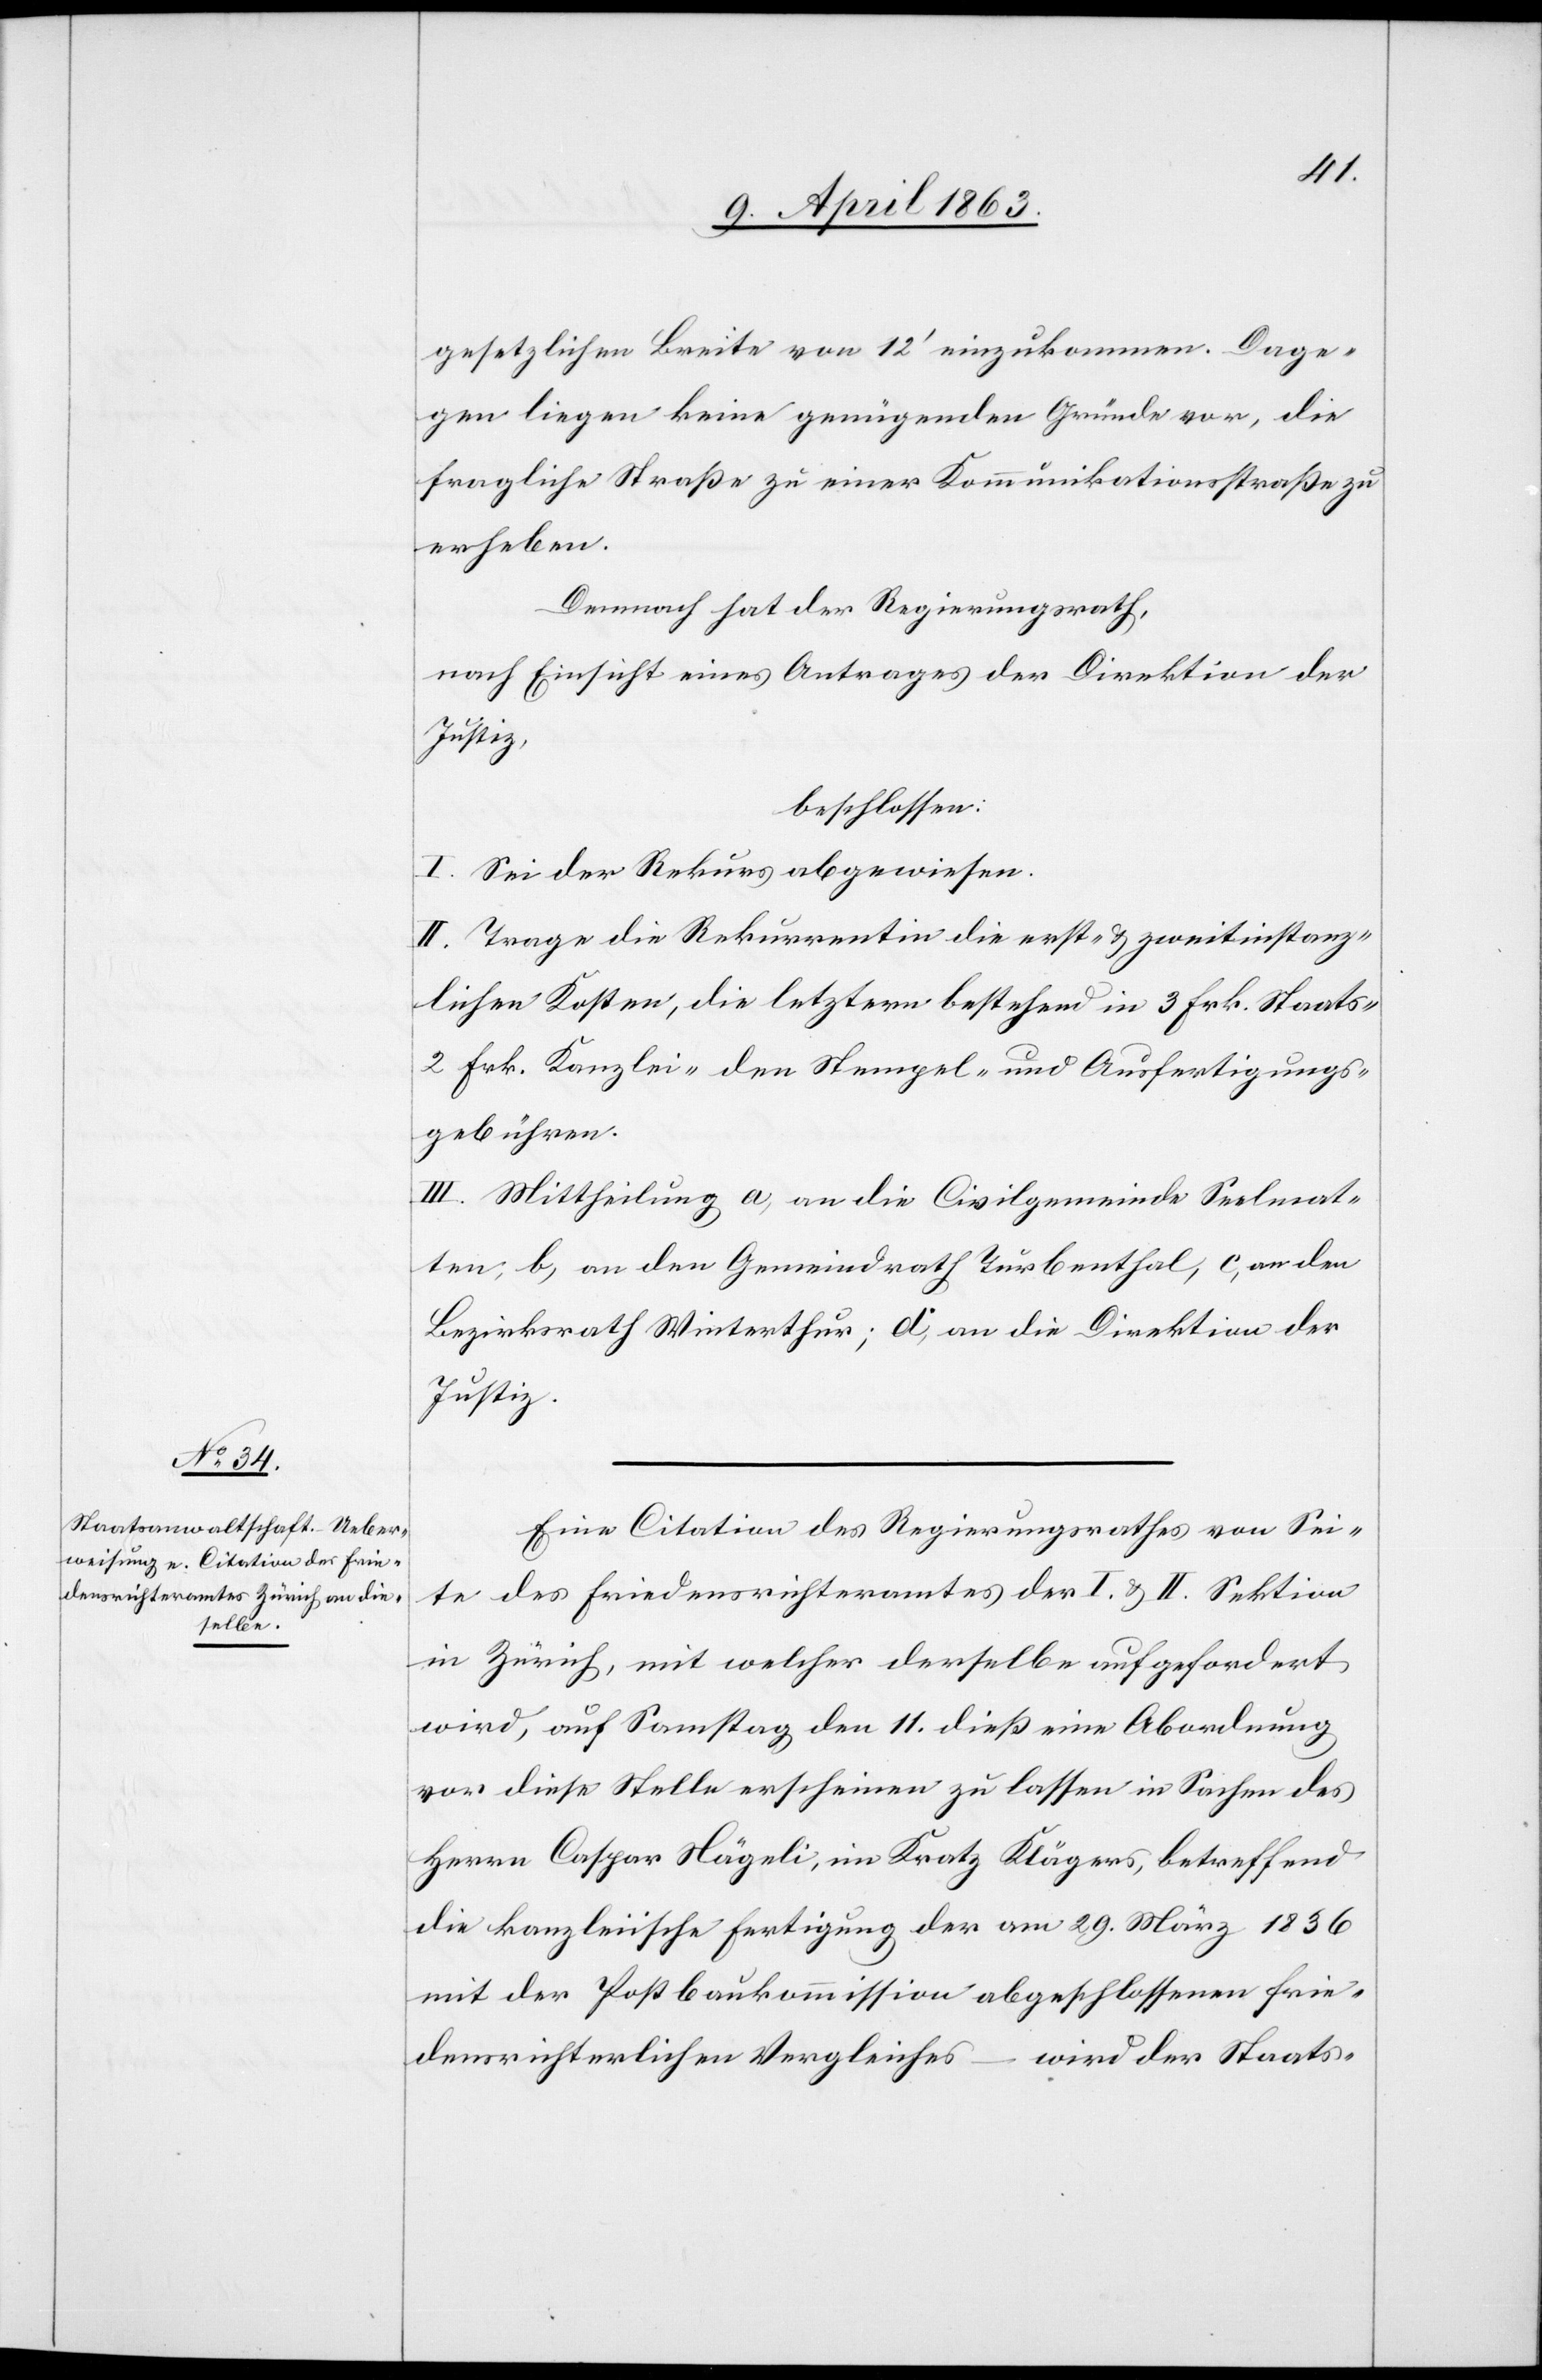
gesetzlichen Breite von 12' einzukommen. Dage¬
gen liegen keine genügenden Gründe vor, die
fragliche Straße zu einer Kommunikationsstraße zu
erheben.
Demnach hat der Regierungsrath,
nach Einsicht eines Antrages der Direktion der
Justiz,
beschlossen:
I. Sei der Rekurs abgewiesen.
II. Trage die Rekurrentin die erst- & zweitinstanz¬
lichen Kosten, die letztern bestehend in 3 Frk. Staats-[,]
2 Frk. Kanzlei-[,] den Stempel- und Ausfertigungs¬
gebühren.
III. Mittheilung a) an die Civilgemeinde Seelmat¬
ten; b) an den Gemeindrath Turbenthal, c) an den
Bezirksrath Winterthur; d) an die Direktion der
Justiz.
Eine Citation des Regierungsrathes von Sei¬
te des Friedensrichteramtes der I. & II. Sektion
in Zürich, mit welcher derselbe aufgefordert
wird, auf Samstag den 11. dieß eine Abordnung
vor diese Stelle erscheinen zu lassen in Sachen des
Herrn Caspar Nägeli, im Kratz Klägers, betreffend
die kanzleiische Fertigung der [sic!] am 29. März 1836
mit der Postbaukommission abgeschlossenen frie¬
densrichterlichen Vergleiches – wird der Staats-